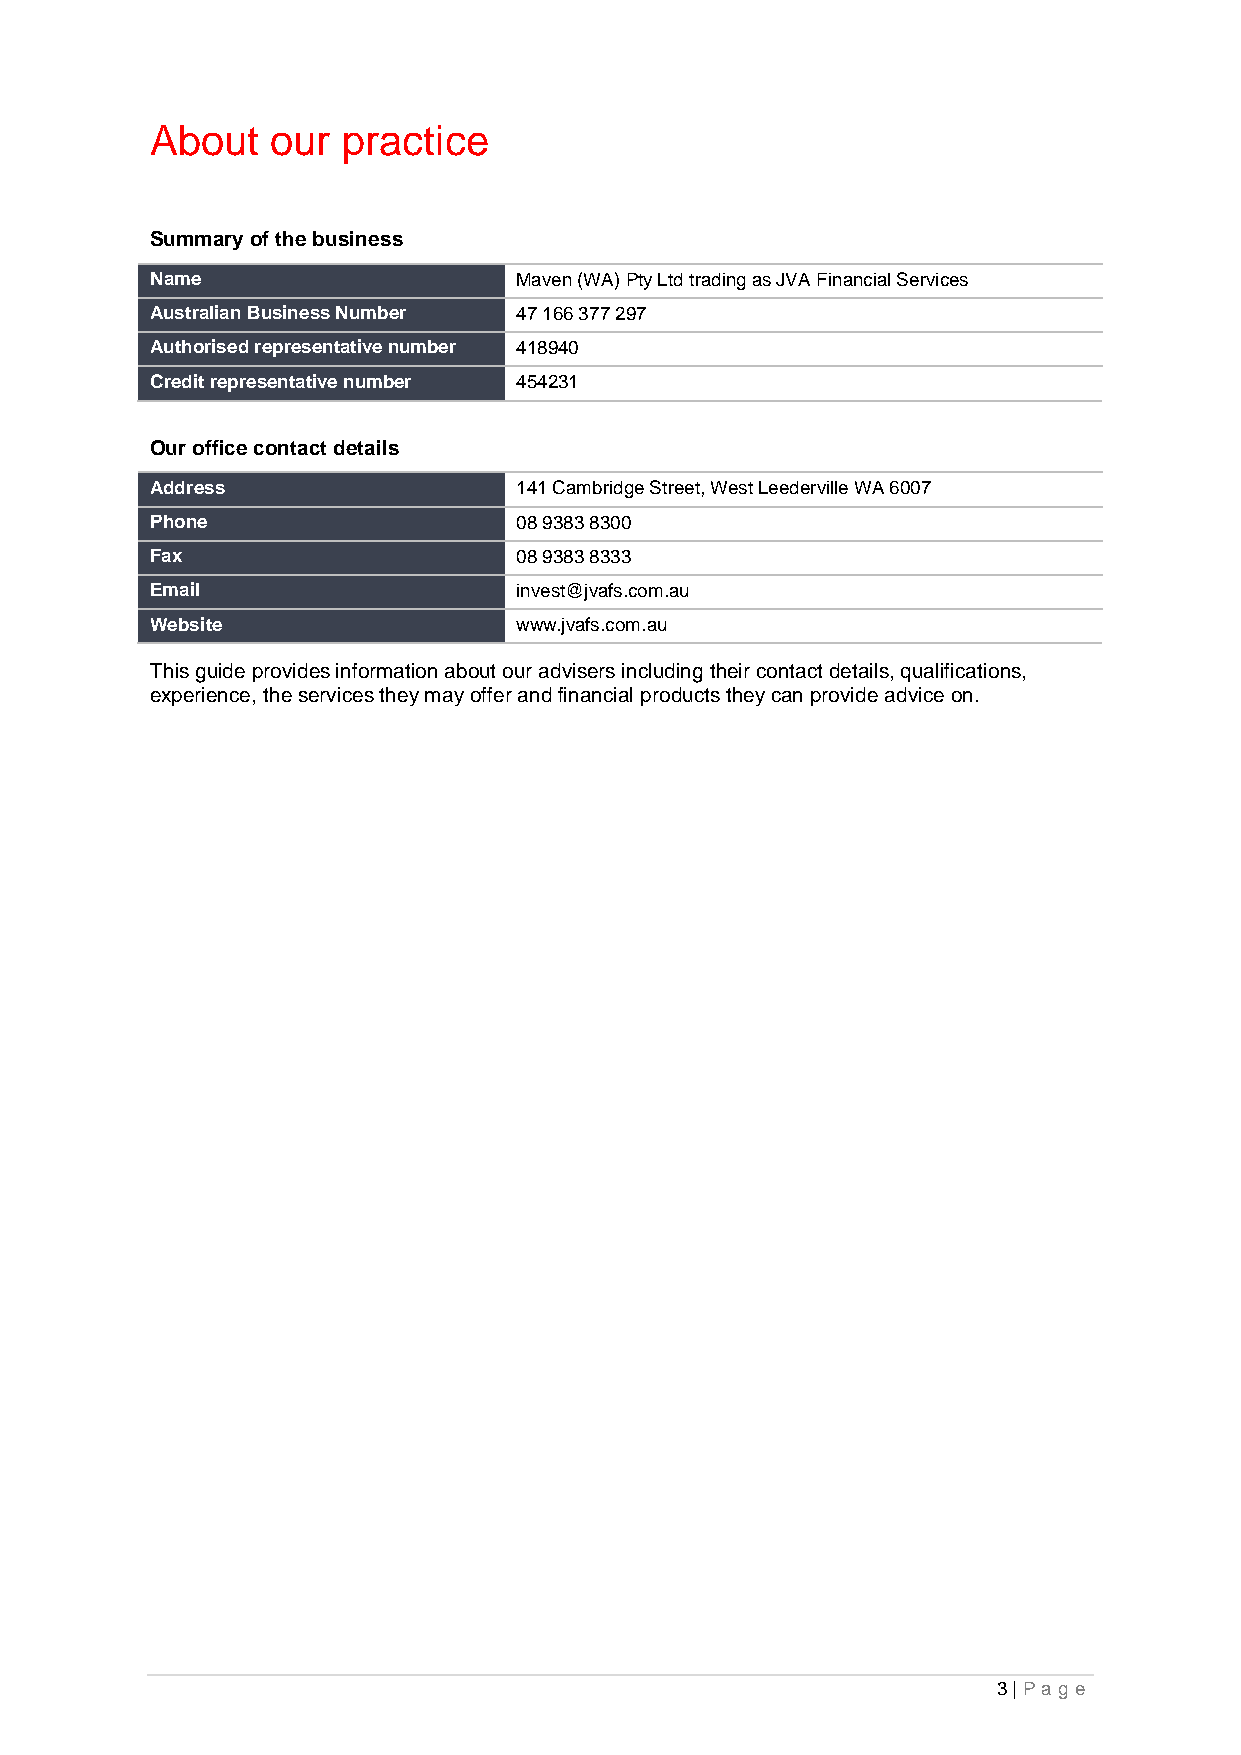
About   our  practice
 Summary of the business
 Name                    Maven (WA) Pty Ltd trading as JVA Financial Services
 Australian Business Number 47 166 377 297
 Authorised representative number 418940
 Credit representative number 454231
 Our office contact details
 Address                 141 Cambridge Street, West Leederville WA 6007
 Phone                   08 9383 8300
 Fax                     08 9383 8333
 Email                   invest@jvafs.com.au
 Website                 www.jvafs.com.au
 This guide provides information about our advisers including their contact details, qualifications,
 experience, the services they may offer and financial products they can provide advice on.
 3 | Pag e